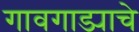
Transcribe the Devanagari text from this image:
गावगाड्याचे